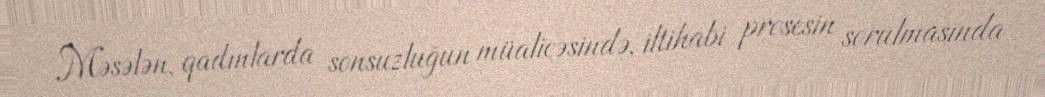
Məsələn, qadınlarda sonsuzluğun müalicəsində, iltihabi prosesin sorulmasında